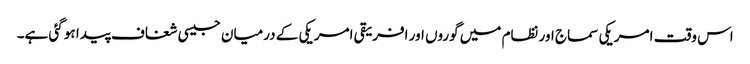
اس وقت امریکی سماج اور نظام میں گوروں اور افریقی امریکی کے درمیان جیسی شغاف پیدا ہو گئی ہے۔